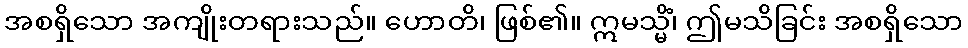
အစရှိသော အကျိုးတရားသည်။ ဟောတိ၊ ဖြစ်၏။ ဣမသ္မိံ၊ ဤမသိခြင်း အစရှိသော